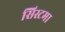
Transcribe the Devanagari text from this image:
सिस्टमा